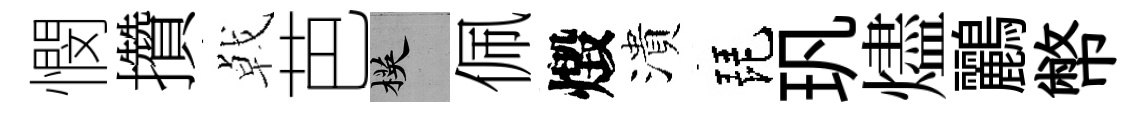
憫攢㦸芭楧佩燬潰琵㺬燼鸝幣